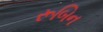
રૂબિન